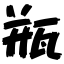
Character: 瓶